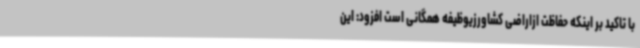
با تاکید بر اینکه حفاظت ازاراضی کشاورزیوظیفه همگانی است افزود: این